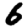
Digit: 6